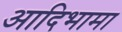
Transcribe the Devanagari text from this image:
आदिभामा